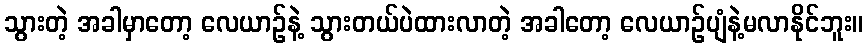
သွားတဲ့ အခါမှာတော့ လေယာဉ်နဲ့ သွားတယ်ပဲထားလာတဲ့ အခါတော့ လေယာဉ်ပျံနဲ့မလာနိုင်ဘူး။